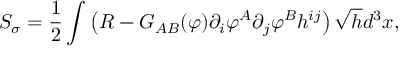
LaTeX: S _ { \sigma } = \frac { 1 } { 2 } \int \left( { \cal R } - { \cal G } _ { A B } ( \varphi ) \partial _ { i } \varphi ^ { A } \partial _ { j } \varphi ^ { B } h ^ { i j } \right) \sqrt { h } d ^ { 3 } x ,